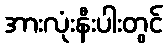
အားလုံးနီးပါးတွင်